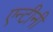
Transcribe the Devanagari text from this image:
एन्टीनी